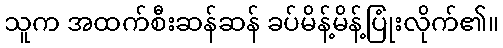
သူက အထက်စီးဆန်ဆန် ခပ်မိန့်မိန့်ပြုံးလိုက်၏။